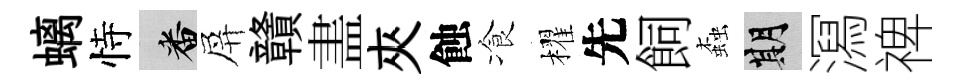
螭恃番屏贛𥁞夾蝕飡櫂先飼螙期㵼禆